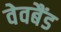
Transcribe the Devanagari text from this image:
वेवबैंड